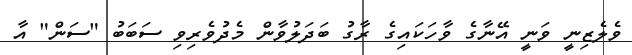
ވެލެޒިނީ ވަނީ އޭނާގެ ވާހަކައިގެ ރާގު ބަދަލުވާން މެދުވެރިވި ސަބަބު "ސަން" އާ